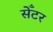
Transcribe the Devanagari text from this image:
सेँटर